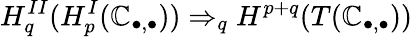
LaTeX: H_{q}^{II}(H_{p}^{I}(\mathbb{C}_{\bullet,\bullet}))\Rightarrow_{q}H^{p+q}(T(\mathbb{C}_{\bullet,\bullet}))